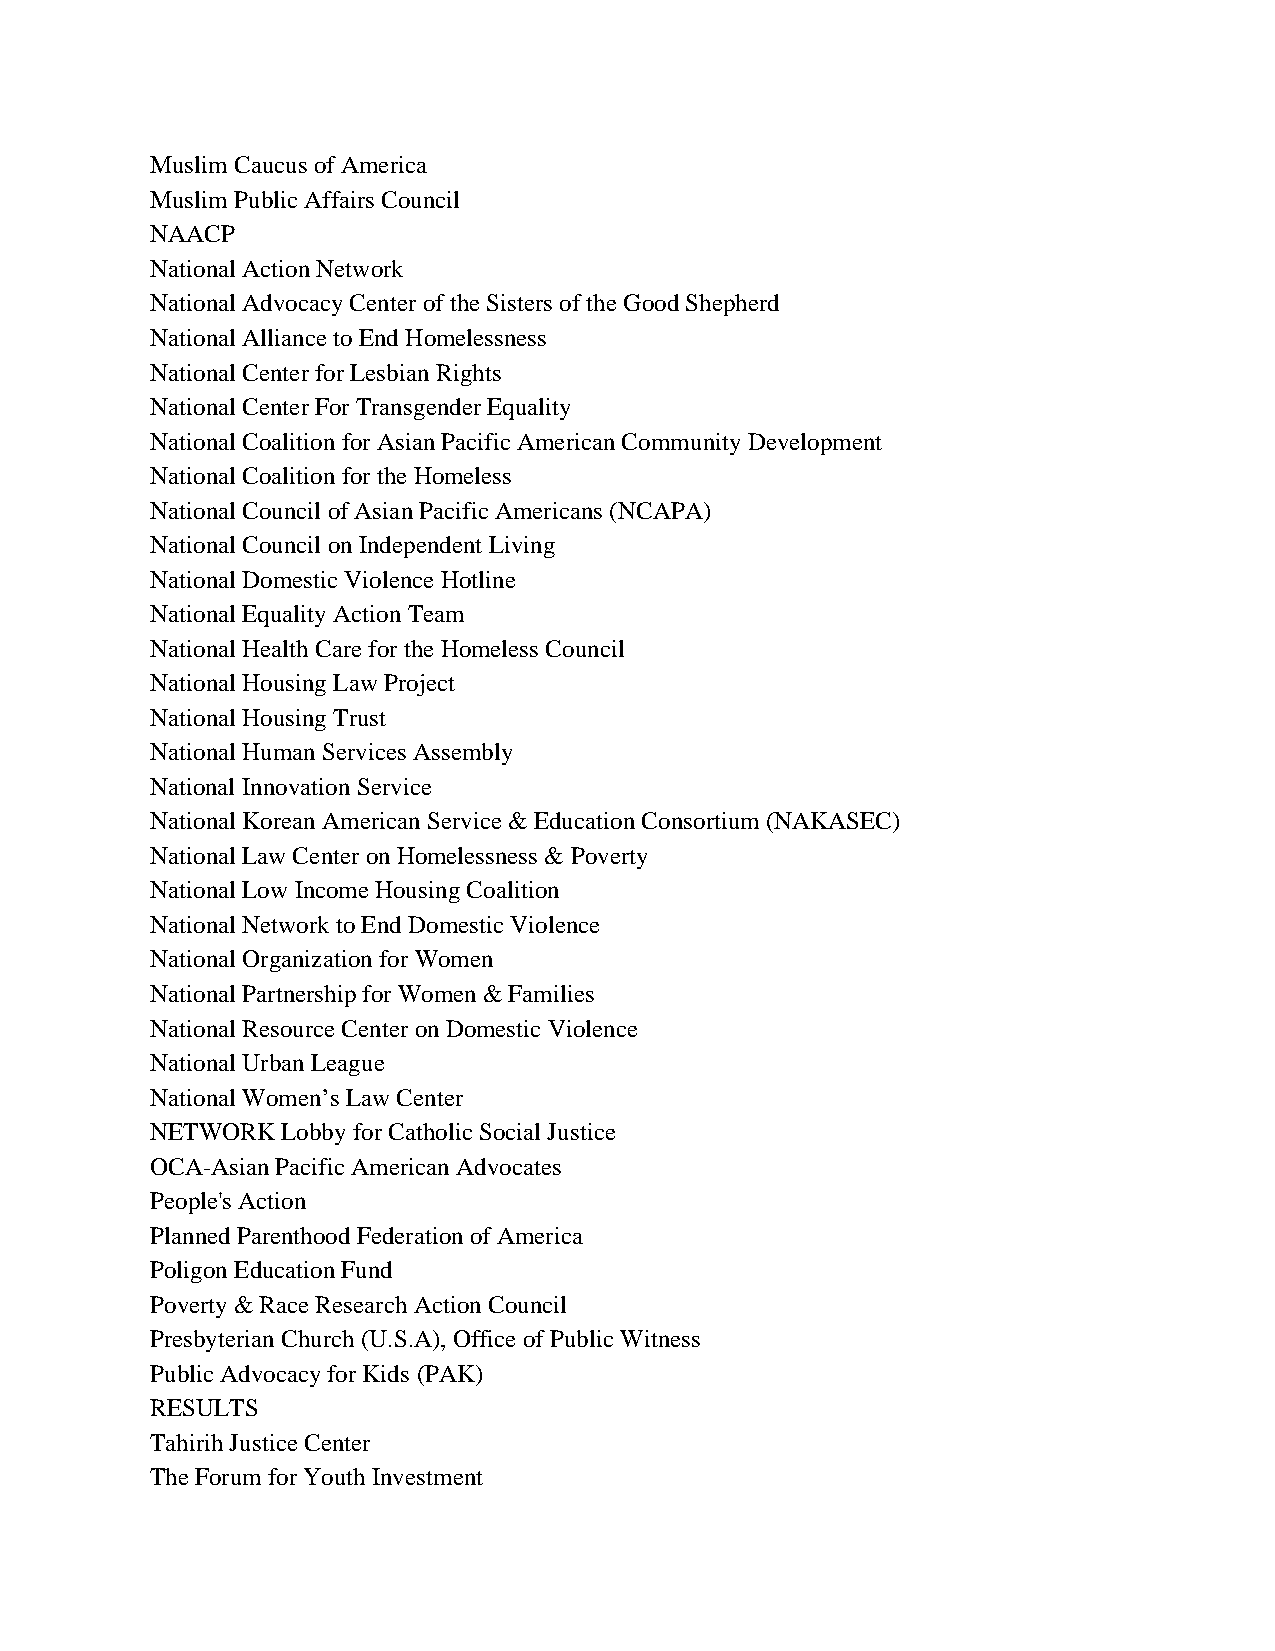
Muslim Caucus of America
 Muslim Public Affairs Council
 NAACP
 National Action Network
 National Advocacy Center of the Sisters of the Good Shepherd
 National Alliance to End Homelessness
 National Center for Lesbian Rights
 National Center For Transgender Equality
 National Coalition for Asian Pacific American Community Development
 National Coalition for the Homeless
 National Council of Asian Pacific Americans (NCAPA)
 National Council on Independent Living
 National Domestic Violence Hotline
 National Equality Action Team
 National Health Care for the Homeless Council
 National Housing Law Project
 National Housing Trust
 National Human Services Assembly
 National Innovation Service
 National Korean American Service & Education Consortium (NAKASEC)
 National Law Center on Homelessness & Poverty
 National Low Income Housing Coalition
 National Network to End Domestic Violence
 National Organization for Women
 National Partnership for Women & Families
 National Resource Center on Domestic Violence
 National Urban League
 National Women’s Law Center
 NETWORK  Lobby for Catholic Social Justice
 OCA-Asian Pacific American Advocates
 People's Action
 Planned Parenthood Federation of America
 Poligon Education Fund
 Poverty & Race Research Action Council
 Presbyterian Church (U.S.A), Office of Public Witness
 Public Advocacy for Kids (PAK)
 RESULTS
 Tahirih Justice Center
 The Forum for Youth Investment